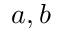
a , b